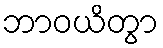
ဘာဝယိတွာ